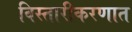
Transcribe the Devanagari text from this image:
विस्तारीकरणात